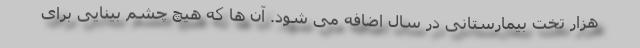
هزار تخت بیمارستانی در سال اضافه می شود. آن ها که هیچ چشم بینایی برای